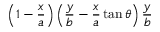
\displaystyle \left( 1 - \frac { x } { a } \right) \left( \frac { y } { b } - \frac { x } { a } \tan \theta \right) \frac { y } { b }